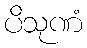
ပိသုဏံ